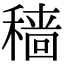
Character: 穑